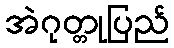
အဲဂုတ္တုပြည်